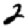
Digit: 2